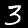
Label: 3